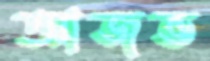
আজভ